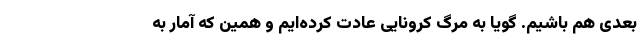
بعدی هم باشیم. گویا به مرگ کرونایی عادت کرده‌ایم و همین که آمار به